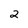
Character: 2